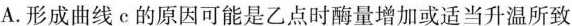
A.形成曲线c的原因可能是乙点时酶量增加或适当升温所致